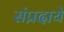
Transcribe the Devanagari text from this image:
संप्रदाये